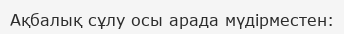
Ақбалық сұлу осы арада мүдірместен: